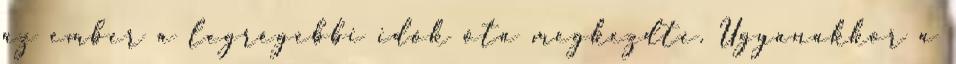
az ember a legrégebbi idők óta megkezdte. Ugyanakkor a